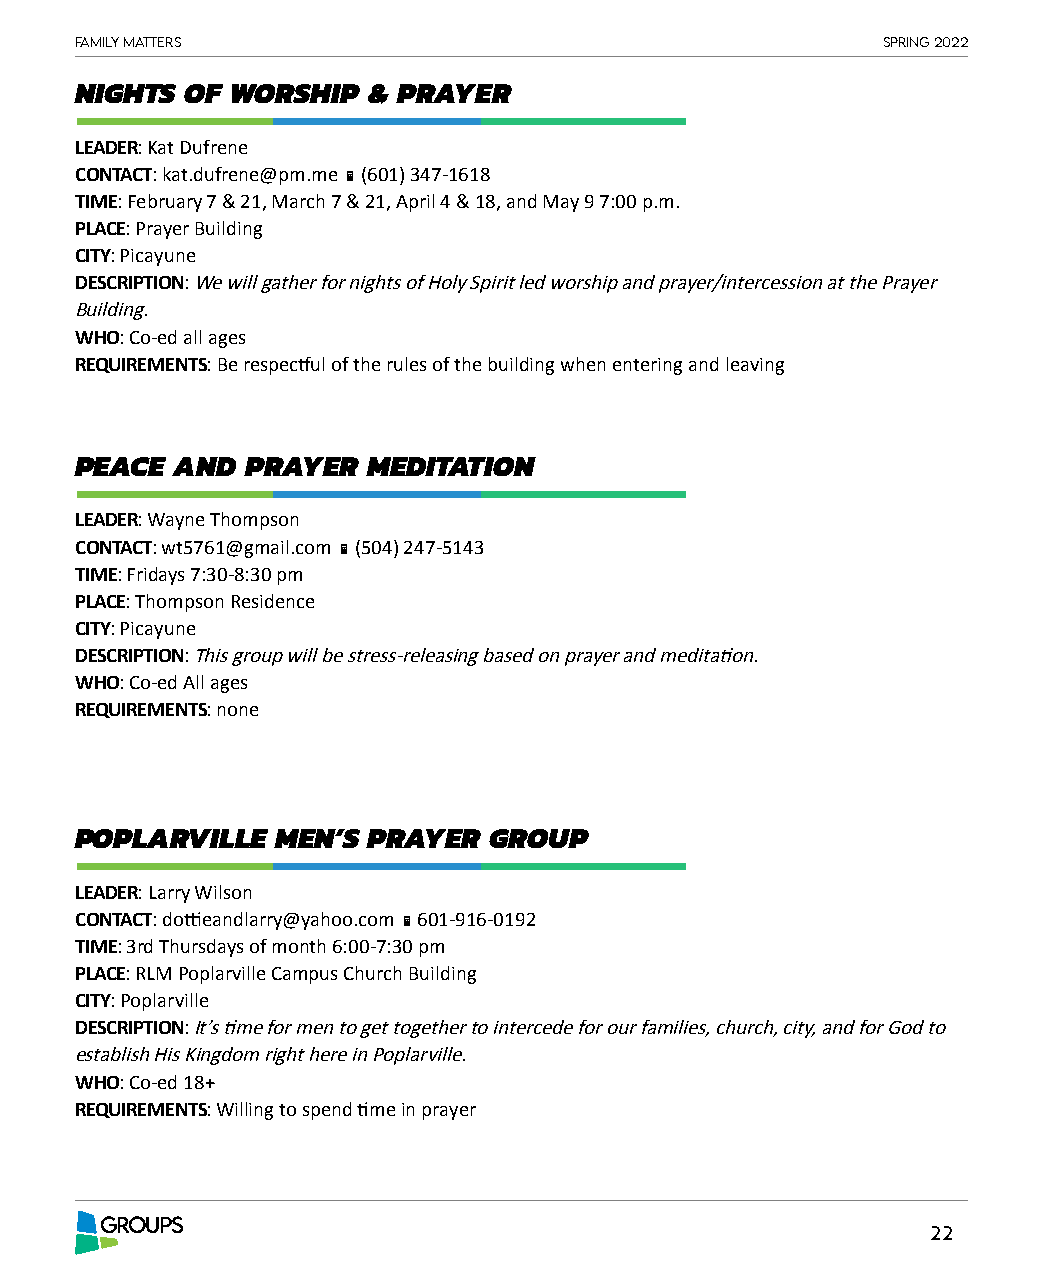
Family matters                                       spring 2022
 NIGHTS OF WORSHIP  & PRAYER
 LEADER: Kat Dufrene
 CONTACT: kat.dufrene@pm.me  (601) 347-1618
 TIME: February 7 & 21, March 7 & 21, April 4 & 18, and May 9 7:00 p.m.
 PLACE: Prayer Building
 CITY: Picayune
 DESCRIPTION: We will gather for nights of Holy Spirit led worship and prayer/intercession at the Prayer
 Building.
 WHO: Co-ed all ages
 REQUIREMENTS: Be respectful of the rules of the building when entering and leaving
 PEACE  AND PRAYER  MEDITATION
 LEADER: Wayne Thompson
 CONTACT: wt5761@gmail.com  (504) 247-5143
 TIME: Fridays 7:30-8:30 pm
 PLACE: Thompson Residence
 CITY: Picayune
 DESCRIPTION: This group will be stress-releasing based on prayer and meditation.
 WHO: Co-ed All ages
 REQUIREMENTS: none
 POPLARVILLE  MEN’S PRAYER  GROUP
 LEADER: Larry Wilson
 CONTACT: dottieandlarry@yahoo.com  601-916-0192
 TIME: 3rd Thursdays of month 6:00-7:30 pm
 PLACE: RLM Poplarville Campus Church Building
 CITY: Poplarville
 DESCRIPTION: It’s time for men to get together to intercede for our families, church, city, and for God to
 establish His Kingdom right here in Poplarville.
 WHO: Co-ed 18+
 REQUIREMENTS: Willing to spend time in prayer
 GROUPS
 22